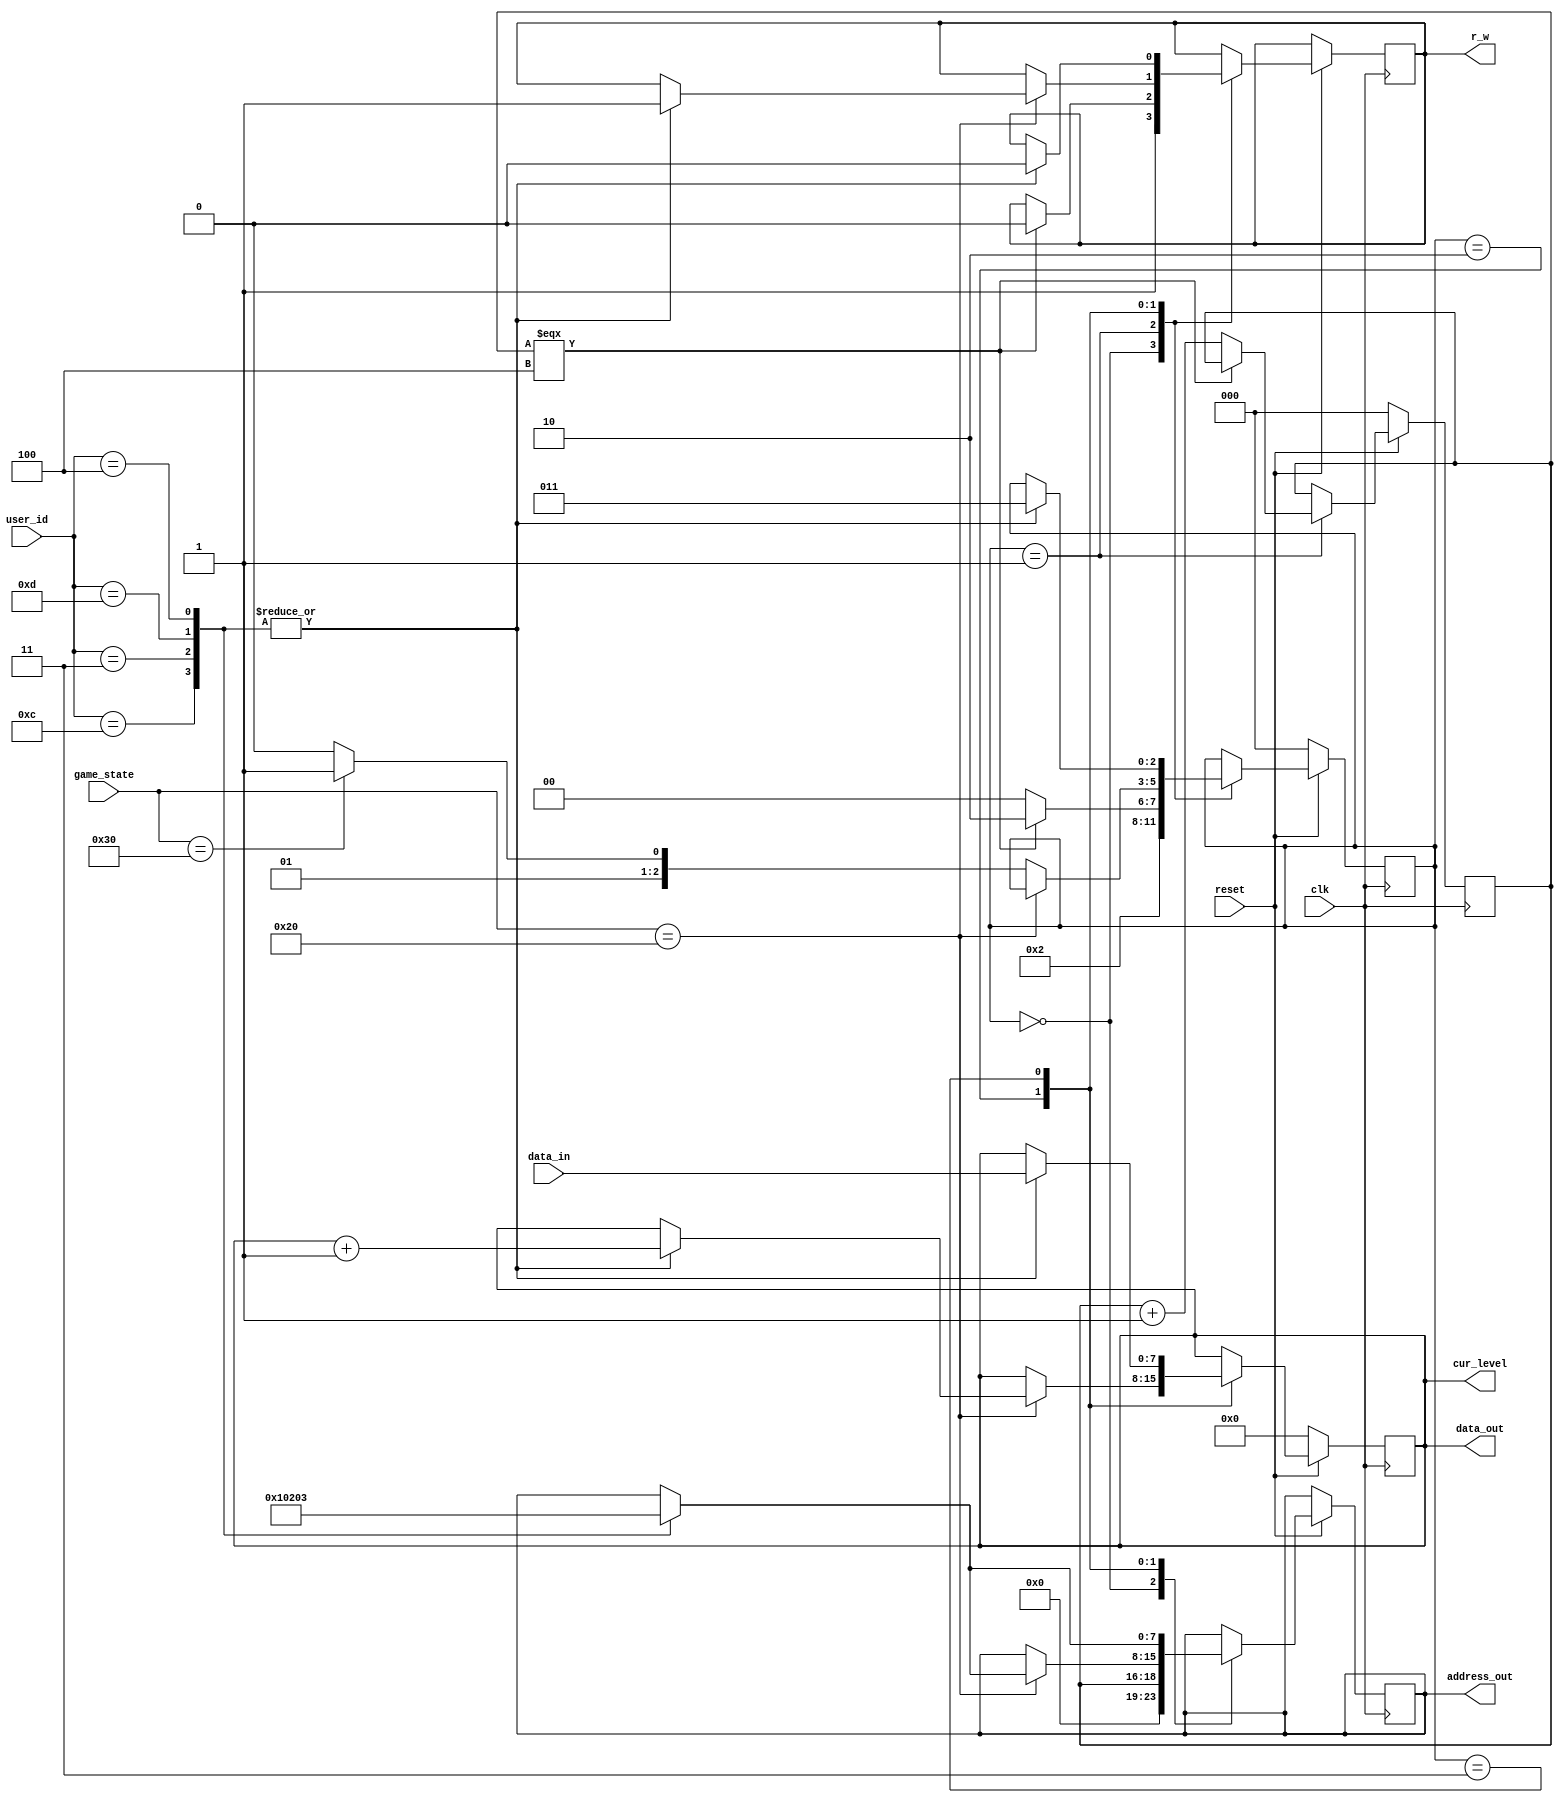
/*
	RAMController.v
	Description:
	Will be used to store a high score for the user which will be used to determine the starting time they will receive per level.
	After the game has completed, the final score will be displayed.  
	
	Inputs
		user_id:			The ID of the user that is currently playing the game.
		game_state:			Provided game state from the controller.
		data_in:			The data read in from the RAM. when the r_w signal is low.
		clk: 				On-board 50 Mhz clock
		reset:				active low push button
		
	Outputs
		r_w:				The signal which controlles the write/read operation of the RAM. 0 = read and 1 = write.
		address_out:		The address that will be read from or written to.
		data_out:			The data that will be written to the RAM while the r_w signal is high.
		cur_level:			The output of the read operation preformed on the RAM.
*/


module RAMController(user_id, game_state, clk, data_in, reset, address_out, r_w, data_out, cur_level);
	
	input[3:0] user_id;
	input[7:0] data_in, game_state;
	input clk, reset;
	
	output[7:0] address_out, cur_level, data_out;
	reg[7:0] address_out, cur_level;
	
	output r_w;
	reg r_w;
		
	parameter init = 0, inc = 1, write_to = 2, read_from = 3;
	
	reg[2:0] state;
	reg[2:0] location;
	
	always@(posedge clk)
	begin
		if (reset == 0)
		begin
			state <= init;
			location <= 0;
			cur_level <= 0;
		end
		else
		begin
			case(state)
				init: begin
					address_out <= location;
					r_w <= 1;
					state <= inc;
				end

				inc: begin
					if (location === 3'b100)
					begin
						state <= write_to;
						r_w <= 0;
					end
					else
					begin
						location <= location + 1;
						state <= init;
					end
				end

				write_to: begin
					if(game_state == 8'h20) begin
						case(user_id)
							4'b1100: begin
								address_out <= 8'b0;
								r_w = 1;
								cur_level <= cur_level + 1;
							end
							4'b0011: begin
								address_out <= 8'b00000001;
								r_w = 1;
								cur_level <= cur_level + 1;
							end
							4'b1101: begin
								address_out <= 8'b00000010;
								r_w = 1;
								cur_level <= cur_level + 1;
							end
							4'b0100: begin
								address_out <= 8'b00000011;
								r_w = 1;
								cur_level <= cur_level + 1;
							end
						endcase
					end
					else if(game_state == 8'h30) begin
						state <= read_from;
					end
					else begin
						state <=write_to;
					end
				end

				read_from:
				begin
					case(user_id)
						4'b1100: begin
							address_out <= 8'b0;
							r_w = 0;
							cur_level <= data_in;
							state <= read_from;
						end
						4'b0011: begin
							address_out <= 8'b00000001;
							r_w = 0;
							cur_level <= data_in;
							state <= read_from;
						end
						4'b1101: begin
							address_out <= 8'b00000010;
							r_w = 0;
							cur_level <= data_in;
							state <= read_from;
						end
						4'b0100: begin
							address_out <= 8'b00000011;
							r_w = 0;
							cur_level <= data_in;
							state <= read_from;
						end
					endcase
				end
			endcase
		end
	end
assign data_out = cur_level;
endmodule